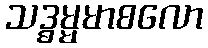
သဒ္ဓမ္မမာစလော